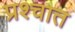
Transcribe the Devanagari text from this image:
प्रश्चात